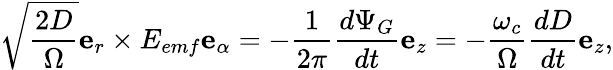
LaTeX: \sqrt{\frac{2D}{\Omega}}\mathbf{e}_{r}\times E_{emf}\mathbf{e}_{\alpha}=-\frac{1}{2\pi}\frac{d\Psi_{G}}{dt}\mathbf{e}_{z}=-\frac{\omega_{c}}{\Omega}\frac{dD}{dt}\mathbf{e}_{z},